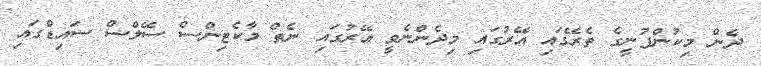
ދެން މިކުންފުނީގެ ތެރޭގައި އޭރުގައި މިދެންނެވީ އޭރުގައި ނެތް މާކެޓިންސް ސޭލްސް ސައިޑްގައި